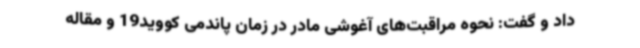
داد و گفت: نحوه مراقبت‌های آغوشی مادر در زمان پاندمی کووید19 و مقاله